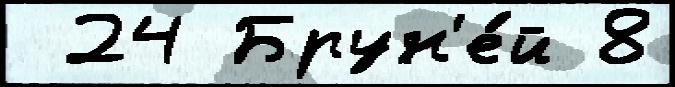
 24 Брун'е́й 8